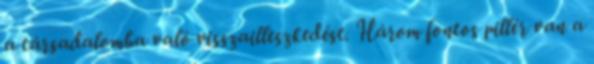
a társadalomba való visszailleszkedést. Három fontos pillér van a